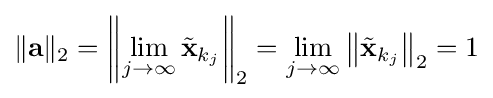
\|\mathbf {a} \|_{2}=\left\|\lim _{j\to \infty }{\tilde {\mathbf {x} }}_{k_{j}}\right\|_{2}=\lim _{j\to \infty }\left\|{\tilde {\mathbf {x} }}_{k_{j}}\right\|_{2}=1